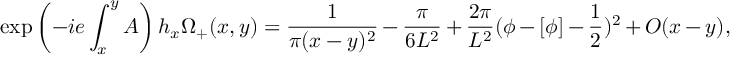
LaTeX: \exp \left( - i e \int _ { x } ^ { y } A \right) h _ { x } \Omega _ { + } ( x , y ) = \frac { 1 } { \pi ( x - y ) ^ { 2 } } - \frac { \pi } { 6 L ^ { 2 } } + \frac { 2 \pi } { L ^ { 2 } } ( \phi - [ \phi ] - \frac { 1 } { 2 } ) ^ { 2 } + { \cal O } ( x - y ) ,